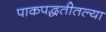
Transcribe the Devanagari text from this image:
पाकपद्धतीतल्या